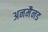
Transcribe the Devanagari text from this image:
अनमैनड